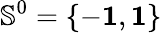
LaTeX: {\mathbb S}^{0}=\{ -{\mathbf 1},{\mathbf 1}\}